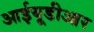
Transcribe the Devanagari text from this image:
आईयूडीआर